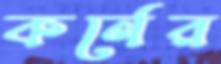
কর্নের